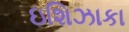
ઇશિઝાકા